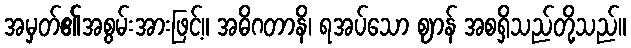
အမှတ်၏အစွမ်းအားဖြင့်။ အဓိဂတာနိ၊ ရအပ်သော ဈာန် အစရှိသည်တို့သည်။